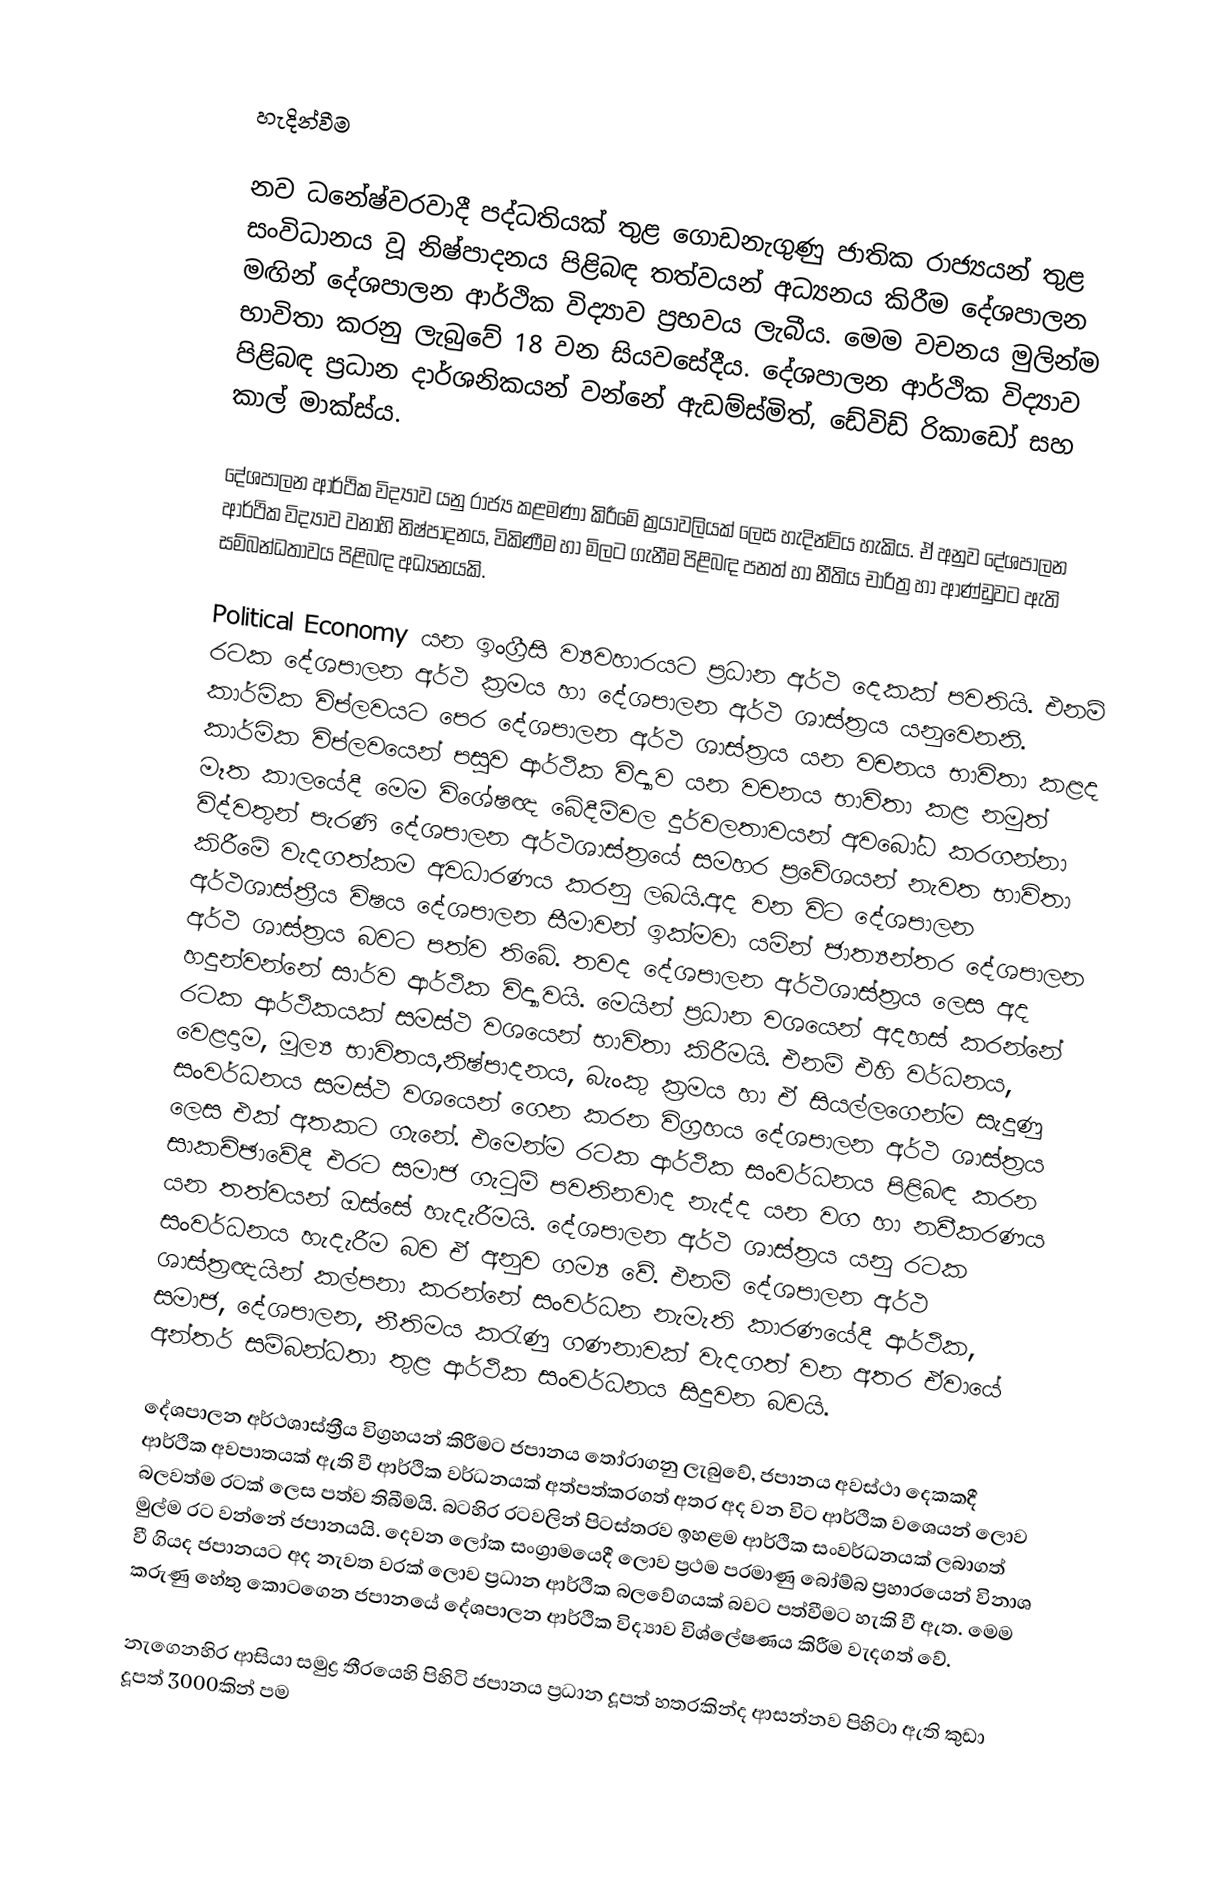

හැදින්වීම

නව ධනේෂ්වරවාදී පද්ධතියක් තුළ ගොඩනැගුණු ජාතික රාජ්‍යයන් තුළ සංවිධානය වූ නිෂ්පාදනය පිළිබඳ තත්වයන් අධ්‍යනය කිරීම දේශපාලන මඟින් දේශපාලන ආර්ථික විද්‍යාව ප්‍රභවය ලැබීය. මෙම වචනය මුලින්ම භාවිතා කරනු ලැබුවේ 18 වන සියවසේදීය. දේශපාලන ආර්ථික විද්‍යාව පිළිබඳ ප්‍රධාන දාර්ශනිකයන් වන්නේ ඇඩම්ස්මිත්, ඩේවිඩ් රිකාඩෝ සහ කාල් මාක්ස්ය.

දේශපාලන ආර්ථික විද්‍යාව යනු රාජ්‍ය කළමණා කිරීමේ ක්‍රයාවලියක් ලෙස හැදින්විය හැකිය. ඒ අනුව දේශපාලන ආර්ථික විද්‍යාව වනාහි නිෂ්පාදනය, විකිණීම හා මිලට ගැනීම පිළිබඳ පනත් හා නීතිය චාරිත්‍ර හා ආණ්ඩුවට ඇති සම්බන්ධතාවය පිළිබඳ අධ්‍යනයකි.

Political Economy යන ඉංග්‍රීසි ව්‍යවහාරයට ප්‍රධාන අර්ථ දෙකක් පවතියි. එනම් රටක දේශපාලන අර්ථ ක්‍රමය හා දේශපාලන අර්ථ ශාස්ත්‍රය යනුවෙනනි. කාර්මික විප්ලවයට පෙර දේශපාලන අර්ථ ශාස්ත්‍රය යන වචනය භාවිතා කළද කාර්මික විප්ලව‍‍යෙන් පසුව ආර්ථික විද්‍යාව යන වචනය භාවිතා කළ නමුත් ‍මෑත කාලයේදී මෙම විශේෂඥ බේදීම්වල දුර්වලතාවයන් අවබෝධ කරගන්නා විද්වතුන් පැරණි දේශපාලන අර්ථශාස්ත්‍රයේ සමහර ප්‍රවේශයන් නැවත භාවිතා කිරීමේ වැදගත්කම අවධාරණය කරනු ලබයි.අද වන විට දේශපාලන අර්ථශාස්ත්‍රීය විෂය දේශපාලන සීමාවන් ඉක්මවා යමින් ජාත්‍යන්තර දේශපාලන අර්ථ ශාස්ත්‍රය බවට පත්ව තිබේ. තවද දේශපාලන අර්ථශාස්ත්‍රය ලෙස අද හදුන්වන්නේ සාර්ව ආර්ථික විද්‍යාවයි. මෙයින් ප්‍රධාන වශයෙන් අදහස් කරන්නේ රටක ආර්ථිකයක් සමස්ථ වශයෙන් භාවිතා කිරීමයි. එනම් එහි වර්ධනය, වෙළදාම, මූල්‍ය භාවිතය,නිෂ්පාදනය, බැංකු ක්‍රමය හා ඒ සියල්ලගෙන්ම සැදුණු සංවර්ධනය සමස්ථ වශයෙන් ගෙන කරන විග්‍රහය දේශපාලන අර්ථ ශාස්ත්‍රය ලෙස එක් අතකට ගැනේ. එමෙන්ම රටක ආර්ථික සංවර්ධනය පිළිබඳ කරන සාකච්ඡාවේදී එරට සමාජ ගැටුම් පවතිනවාද නැද්ද යන වග හා නවීකරණය යන තත්වයන් ඔස්සේ හැදැරීමයි. දේශපාලන අර්ථ ශාස්ත්‍රය යනු රටක සංවර්ධනය හැදැරීම බව ඒ අනුව ගම්‍ය වේ. එනම් දේශපාලන අර්ථ ශාස්‍ත්‍රඥයින් කල්පනා කරන්නේ සංවර්ධන නැමැති කාරණයේදී ආර්ථික, සමාජ, දේශපාලන, නීතිමය කරැණු ගණනාවක් වැදගත් වන අතර ඒවායේ අන්තර් සම්බන්ධතා තුළ ආර්ථික සංවර්ධනය සිදුවන බවයි.

දේශපාලන අර්ථශාස්ත්‍රීය විග්‍රහයන් කිරීමට ජපානය තෝරාගනු ලැබුවේ, ජපානය අවස්ථා දෙකකදී ආර්ථික අවපාතයක් ඇති වී ආර්ථික වර්ධනයක් අත්පත්කරගත් අතර අද වන විට ආර්ථික වශෙයන් ලොව බලවත්ම රටක් ලෙස පත්ව තිබීමයි. බටහිර රටවලින් පිටස්තරව ඉහළම ආර්ථික සංවර්ධනයක් ලබාගත් මුල්ම රට වන්නේ ජපානයයි. දෙවන ලෝක සංග්‍රාමයෙදී ලොව ප්‍රථම පරමාණු බෝම්බ ප්‍රහාරයෙන් විනාශ වී ගියද ජපානයට අද නැවත වරක් ලොව ප්‍රධාන ආර්ථික බලවේගයක් බවට පත්වීමට හැකි වී ඇත. මෙම කරුණු හේතු කොටගෙන ජපානයේ දේශපාලන ආර්ථික විද්‍යාව විශ්ලේෂණය කිරීම වැදගත් වේ.

නැගෙනහිර ආසියා සමුද්‍ර තීරයෙහි පිහිටි ජපානය ප්‍රධාන දූපත් හතරකින්ද ආසන්නව පිහිටා ඇති කුඩා  දූපත් 3000කින් පම